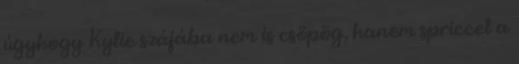
úgyhogy Kylie szájába nem is csöpög, hanem spriccel a